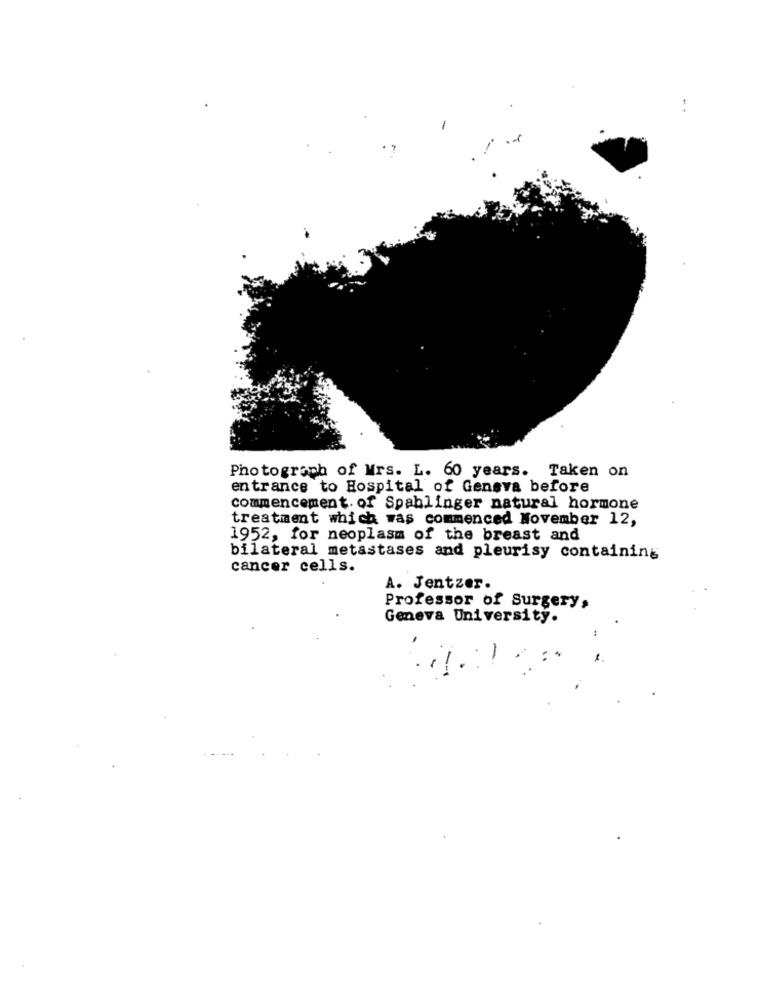
Photograph of Wrs. L. 60 years. Taken on
entrance to Hospital of Geneva before
commencement of Spahlinger natural hormone
treatment which was commenced November 12,
1952, for neoplasm of the breast and
bilateral metastases and pleurisy containing
cancer cells.
A. Jentzer.
Professor of Surgery,
Geneva University.
: *
1 .
i